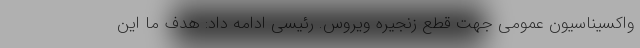
واکسیناسیون عمومی جهت قطع زنجیره ویروس. رئیسی ادامه داد: هدف ما این